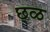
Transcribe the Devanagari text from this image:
छ्ळ